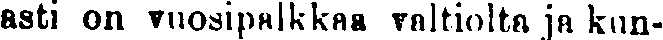
asti on vuosipalkkaa valtiolta ja kun-